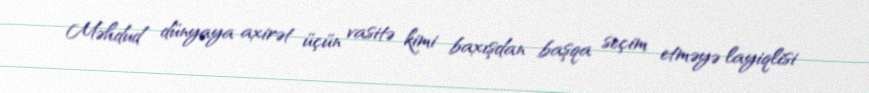
Məhdud dünyaya axirət üçün vasitə kimi baxışdan başqa seçim etməyə layiqlisi